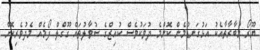
ޔޫރޯ މުބާރާތާއެކު އަޅުގަނޑުމެން ކޮންމެ ދުވަކުވެސް ކުއިޒްގެ ސުވާލުތައް ގޫގްލް ފޯމެއް މެދުވެރިކޮށްް